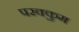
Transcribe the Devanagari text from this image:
परक्कुम